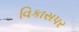
વિકાસપર